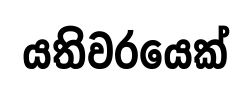
යතිවරයෙක්